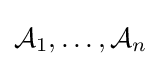
{\mathcal {A}}_{1},\ldots ,{\mathcal {A}}_{n}